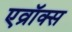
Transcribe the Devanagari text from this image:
एव्रॉक्स